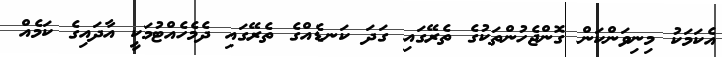
އެކަމަކު މިނިވަންކަން ގޮންޖެހުންތަކުގެ ތެރޭގައި ގަދަ ކަނޑެއްގެ ތެރޭގައި ދެމެހެއްޓުމަކީ އާދައިގެ ކަމެއް